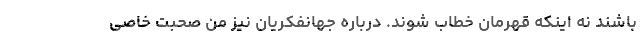
باشند نه اینکه قهرمان خطاب شوند. درباره جهانفکریان نیز من صحبت خاصی